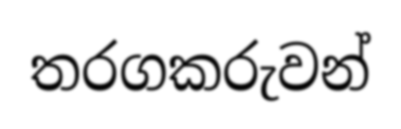
තරගකරුවන්